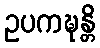
ဥပကဍ္ဎန္တိ